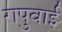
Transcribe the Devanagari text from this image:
रापुवाई